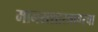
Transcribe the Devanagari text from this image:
मानसशास्त्रावरचा